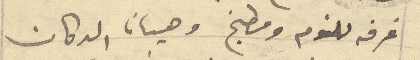
غرفه للنوم ومطبخ وحيان الدكان